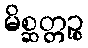
မိစ္ဆတ္တဉ္စ